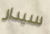
سيدار